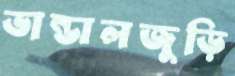
ভান্ডালজুড়ি